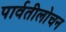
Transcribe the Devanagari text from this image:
पार्वतीलोचन